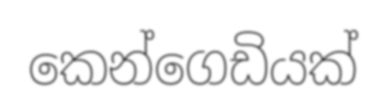
කෙන්ගෙඩියක්